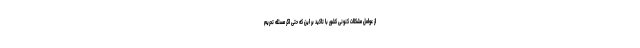
از عوامل مشکلات کنونی کشور با تاکید بر این که حتی اگر مسئله تحریم